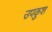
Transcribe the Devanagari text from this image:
उपकुश